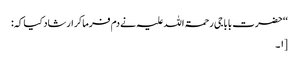
‘‘ حضرت بابا جی رحمۃ اللہ علیہ نے دم فرماکر ارشاد کیا کہ:
[۱۔